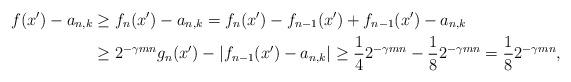
LaTeX: \begin{align*} f(x') - a_{n,k} &\geq f_n(x') - a_{n,k} = f_n (x') - f_{n-1}(x') + f_{n-1}(x') - a_{n,k} \\ &\geq 2^{- \gamma m n} g_n(x') - |f_{n-1}(x') - a_{n,k}| \geq \frac{1}{4}2^{-\gamma m n} - \frac{1}{8}2^{-\gamma m n} = \frac{1}{8} 2^{- \gamma m n},\end{align*}